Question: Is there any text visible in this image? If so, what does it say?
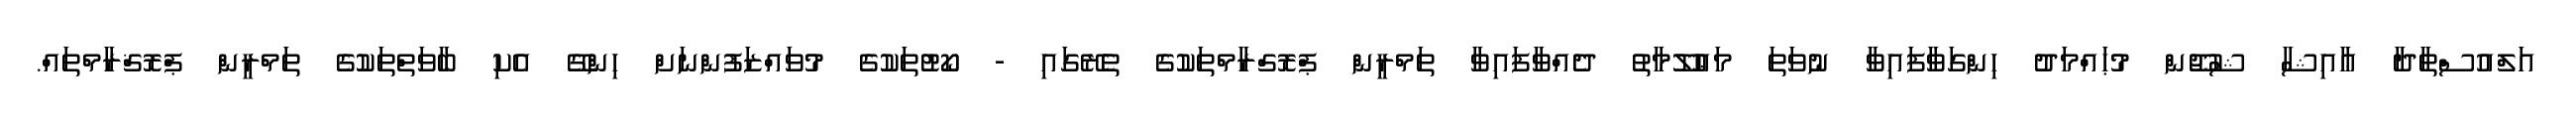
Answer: އަލްއުސްތާޛާ ޢާއިޝާ ޝުޖޫން މުޙައްމަދު ހިންގަވާފައިވާ ނުވަތަ މަޢުލޫމާތު ދެއްވާފައިވާ ތަމްރީން ޕްރޮގްރާމްތަކުގެ ތެރޭގައި - ކޯޓުތަކުގެ މުވައްޒަފުންނަށް ހިންގޭ އެކި ބާވަތްތަކުގެ ތަމްރީން ޕްރޮޤްރާމްތައް.